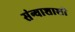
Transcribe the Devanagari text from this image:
संन्याशाशी